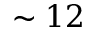
\sim 1 2